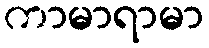
ကာမာရာမာ